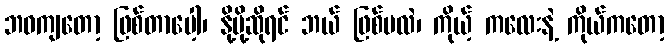
ဘဝကျတော့ ဖြစ်တာပေါ့၊ နို့မို့ဆိုရင် ဘယ် ဖြစ်မလဲ၊ ကိုယ့် ကလေးနဲ့ ကိုယ်ကတော့